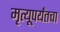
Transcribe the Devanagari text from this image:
मृत्यूपर्यंतचा